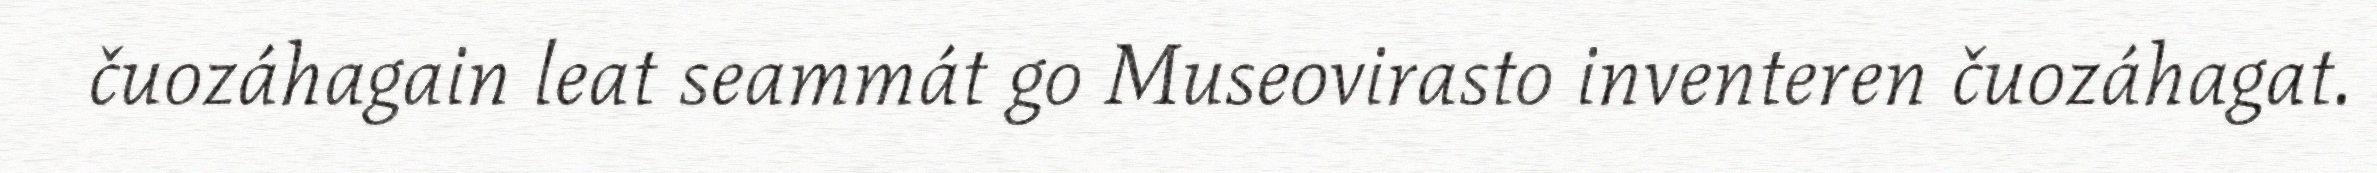
čuozáhagain leat seammát go Museovirasto inventeren čuozáhagat.